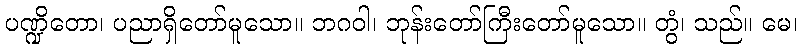
ပဏ္ဍိတော၊ ပညာရှိတော်မူသော။ ဘဂဝါ၊ ဘုန်းတော်ကြီးတော်မူသော။ တွံ၊ သည်။ မေ၊